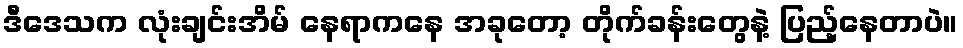
ဒီဒေသက လုံးချင်းအိမ် နေရာကနေ အခုတော့ တိုက်ခန်းတွေနဲ့ ပြည့်နေတာပဲ။